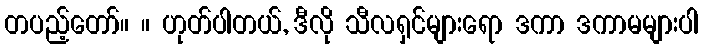
တပည့်တော်။ ။ ဟုတ်ပါတယ်, ဒီလို သီလရှင်များရော ဒကာ ဒကာမများပါ